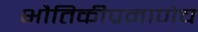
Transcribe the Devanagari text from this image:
भौतिकीप्रमाणेच